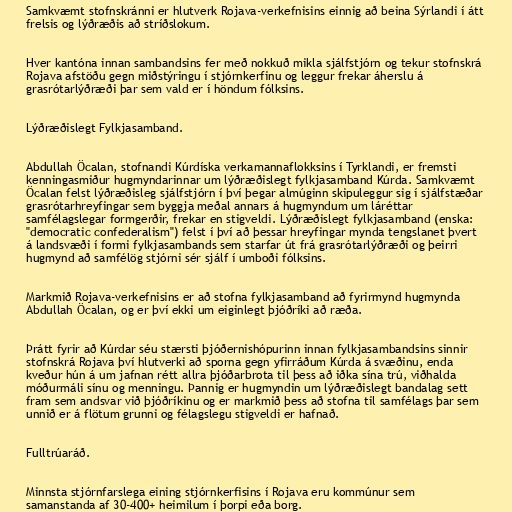
Samkvæmt stofnskránni er hlutverk Rojava-verkefnisins einnig að beina Sýrlandi í átt
frelsis og lýðræðis að stríðslokum.

Hver kantóna innan sambandsins fer með nokkuð mikla sjálfstjórn og tekur stofnskrá
Rojava afstöðu gegn miðstýringu í stjórnkerfinu og leggur frekar áherslu á
grasrótarlýðræði þar sem vald er í höndum fólksins.

Lýðræðislegt Fylkjasamband.

Abdullah Öcalan, stofnandi Kúrdíska verkamannaflokksins í Tyrklandi, er fremsti
kenningasmiður hugmyndarinnar um lýðræðislegt fylkjasamband Kúrda. Samkvæmt
Öcalan felst lýðræðisleg sjálfstjórn í því þegar almúginn skipuleggur sig í sjálfstæðar
grasrótarhreyfingar sem byggja meðal annars á hugmyndum um láréttar
samfélagslegar formgerðir, frekar en stigveldi. Lýðræðislegt fylkjasamband (enska:
"democratic confederalism") felst í því að þessar hreyfingar mynda tengslanet þvert
á landsvæði í formi fylkjasambands sem starfar út frá grasrótarlýðræði og þeirri
hugmynd að samfélög stjórni sér sjálf í umboði fólksins.

Markmið Rojava-verkefnisins er að stofna fylkjasamband að fyrirmynd hugmynda
Abdullah Öcalan, og er því ekki um eiginlegt þjóðríki að ræða.

Þrátt fyrir að Kúrdar séu stærsti þjóðernishópurinn innan fylkjasambandsins sinnir
stofnskrá Rojava því hlutverki að sporna gegn yfirráðum Kúrda á svæðinu, enda
kveður hún á um jafnan rétt allra þjóðarbrota til þess að iðka sína trú, viðhalda
móðurmáli sínu og menningu. Þannig er hugmyndin um lýðræðislegt bandalag sett
fram sem andsvar við þjóðríkinu og er markmið þess að stofna til samfélags þar sem
unnið er á flötum grunni og félagslegu stigveldi er hafnað.

Fulltrúaráð.

Minnsta stjórnfarslega eining stjórnkerfisins í Rojava eru kommúnur sem
samanstanda af 30-400+ heimilum í þorpi eða borg.